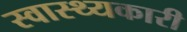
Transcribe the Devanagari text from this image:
स्वास्थ्यकारी